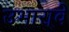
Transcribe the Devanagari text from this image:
उभारा्वे